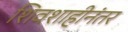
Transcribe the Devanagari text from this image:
शिवशाहीनंतर